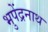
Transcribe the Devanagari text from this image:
भुपेंद्रनाथ